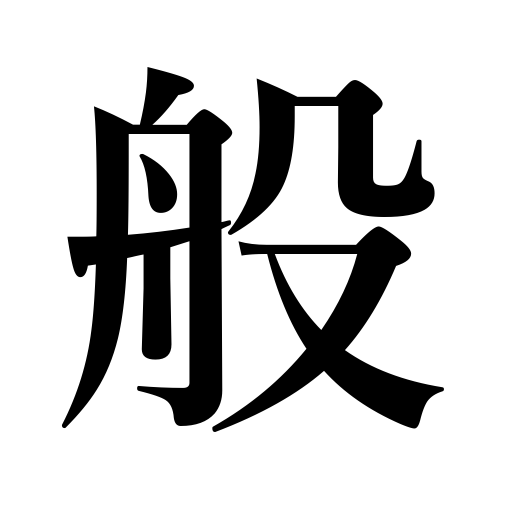
Meanings: all,carry